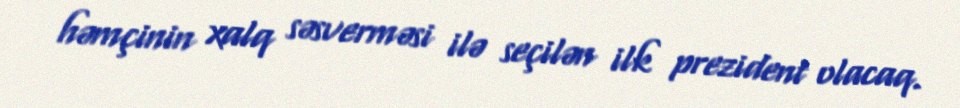
həmçinin xalq səsverməsi ilə seçilən ilk prezident olacaq.